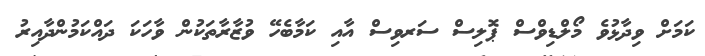
ކަމަށް ވިދާޅުވެ މޯލްޑިވްސް ޕޮލިސް ސަރވިސް އާއި ކަމާބެހޭ ވުޒާރާތަކުން ވާހަކަ ދައްކަމުންދާއިރު